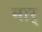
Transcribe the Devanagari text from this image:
मार्